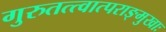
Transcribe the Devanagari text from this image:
गुरुतत्त्वात्पराङ्मुखाः